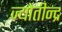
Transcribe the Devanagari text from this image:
ज्योतीन्द्र